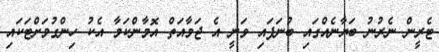
ޓެރީން ނެރުނު ބަޔާނެއްގައި ބުނަފައި ވަނީ އެ ޖަމާއަތް އޮމާންކަމާ އެކު ހިންގުމަށްޓަކައި